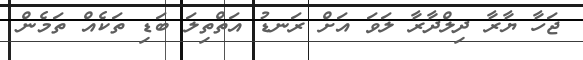
ޖަހާ ޔާރާ ދިލްދާރާ ލަވަ އަށް ރަނޑު އަތްތިލަ ބަޑި ތަކެއް ތަމެން